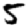
Digit: 5